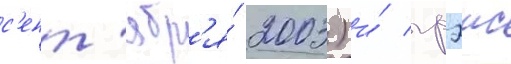
с'ент'ябр'я́ 2003) и́ грэис